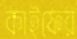
কাইফের